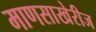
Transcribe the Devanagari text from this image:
माणसाखेरीज